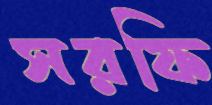
সরফি